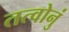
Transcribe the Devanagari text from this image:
तत्वोनुं